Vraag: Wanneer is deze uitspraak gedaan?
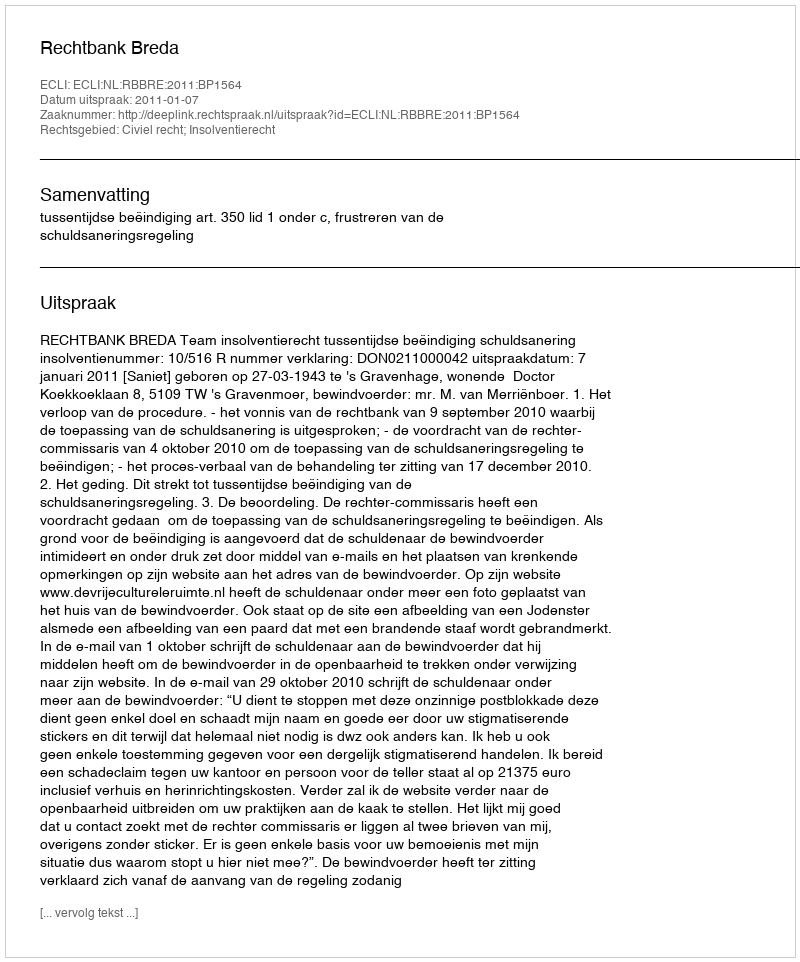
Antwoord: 2011-01-07